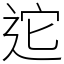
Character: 迱